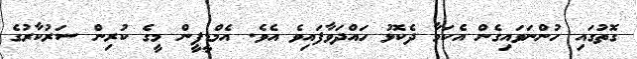
ގޮތުގައި ހުންނަވައިގެން އެކަމާ ދެކޮޅު ހައްދަވާފައިވެ އެވެ. އެމްޑީޕީން މީގެ ކުރިން ސަރުކާރުގެ